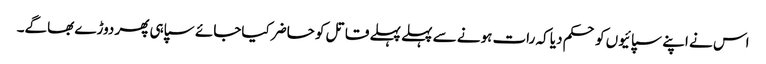
اس نے اپنے سپائیوں کو حکم دیا کہ رات ہونے سے پہلے پہلے قاتل کو حاضر کیاجائے سپاہی پھر دوڑے بھاگے۔